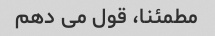
مطمئنا، قول می دهم